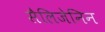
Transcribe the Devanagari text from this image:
सैलिजेनिन